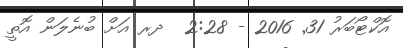
އޮކްޓޯބަރު 31